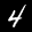
Label: 4